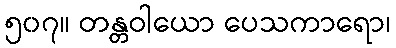
၅၀၇။ တန္တဝါယော ပေသကာရော၊